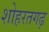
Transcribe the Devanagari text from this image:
शोहरतगढ़